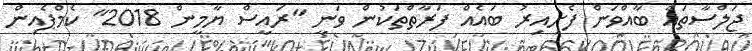
ޖަލްސާތައް ބާއްވަން ފެށިއިރު ބައެއް ފަރާތްތަކުން ވަނީ "ރައީސް ޔާމީން 2018" ކެމްޕެއިން